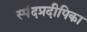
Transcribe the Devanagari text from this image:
स्पंदप्रदीपिका